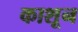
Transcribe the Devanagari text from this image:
काशून